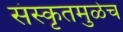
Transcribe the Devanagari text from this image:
संस्कृतमुळेच